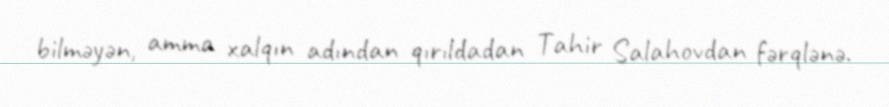
bilməyən, amma xalqın adından qırıldadan Tahir Salahovdan fərqlənə.